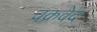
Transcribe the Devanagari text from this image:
चक्रवेद